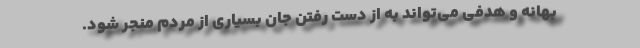
بهانه و هدفی می‌تواند به از دست رفتن جان بسیاری از مردم منجر شود.